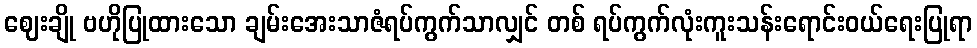
ဈေးချို ဗဟိုပြုထားသော ချမ်းအေးသာဇံရပ်ကွက်သာလျှင် တစ် ရပ်ကွက်လုံးကူးသန်းရောင်းဝယ်ရေးပြုရာ